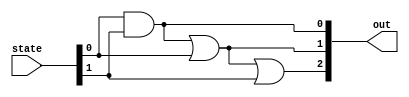
module flashing_out (input [1:0] state, output [2:0] out);
// Base = 00 (== state)
// L1   = 01
// L2   = 10
// L3   = 11
//
// Light layout: (left) s[0] s[1] s[2] (right)
assign out[0] = state[0] & state[1];
assign out[1] = out[0] | state[0];
assign out[2] = out[1] | state[1];
endmodule